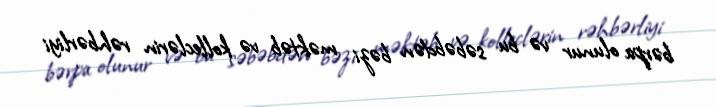
bərpa olunur və bu səbəbdən bəzi məktəb və kolleclərin rəhbərliyi